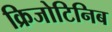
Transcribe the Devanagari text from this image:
क्रिजोटिनिब